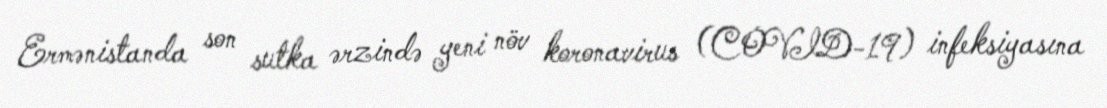
Ermənistanda son sutka ərzində yeni növ koronavirus (COVID-19) infeksiyasına